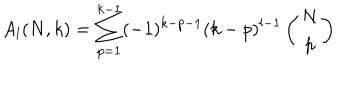
A _ { l } ( N , k ) = \sum _ { p = 1 } ^ { k - 1 } ( - 1 ) ^ { k - p - 1 } ( k - p ) ^ { l - 1 } \left( \begin{array} { c } { { N } } \\ { { p } } \\ \end{array} \right)